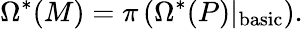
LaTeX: \Omega^{*}(M)=\pi\left(\Omega^{*}(P)\vert_{\mathrm{basic}}\right).